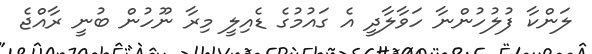
ލަންކާ ފުލުހުންނާ ހަވާލާދީ އެ ގައުމުގެ ޑެއިލީ މިރާ ނޫހުން ބުނީ ރާއްޖެ